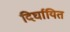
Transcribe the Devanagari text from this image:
दिर्घायित